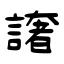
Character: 譇